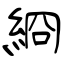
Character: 綗